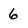
Character: 6